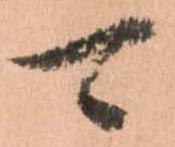
可